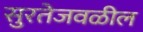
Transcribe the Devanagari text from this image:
सुरतेजवळील